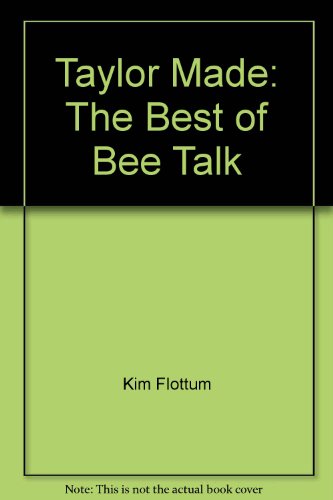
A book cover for Taylor Made: The Best of Bee Talk; Richard Taylor; Sports & Outdoors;